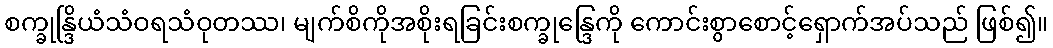
စက္ခုန္ဒြိယံသံဝရသံဝုတဿ၊ မျက်စိကိုအစိုးရခြင်းစက္ခုန္ဒြေကို ကောင်းစွာစောင့်ရှောက်အပ်သည် ဖြစ်၍။